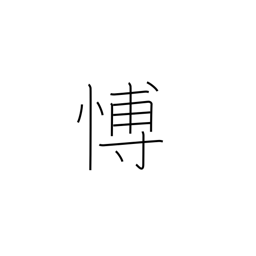
Meaning: grieving